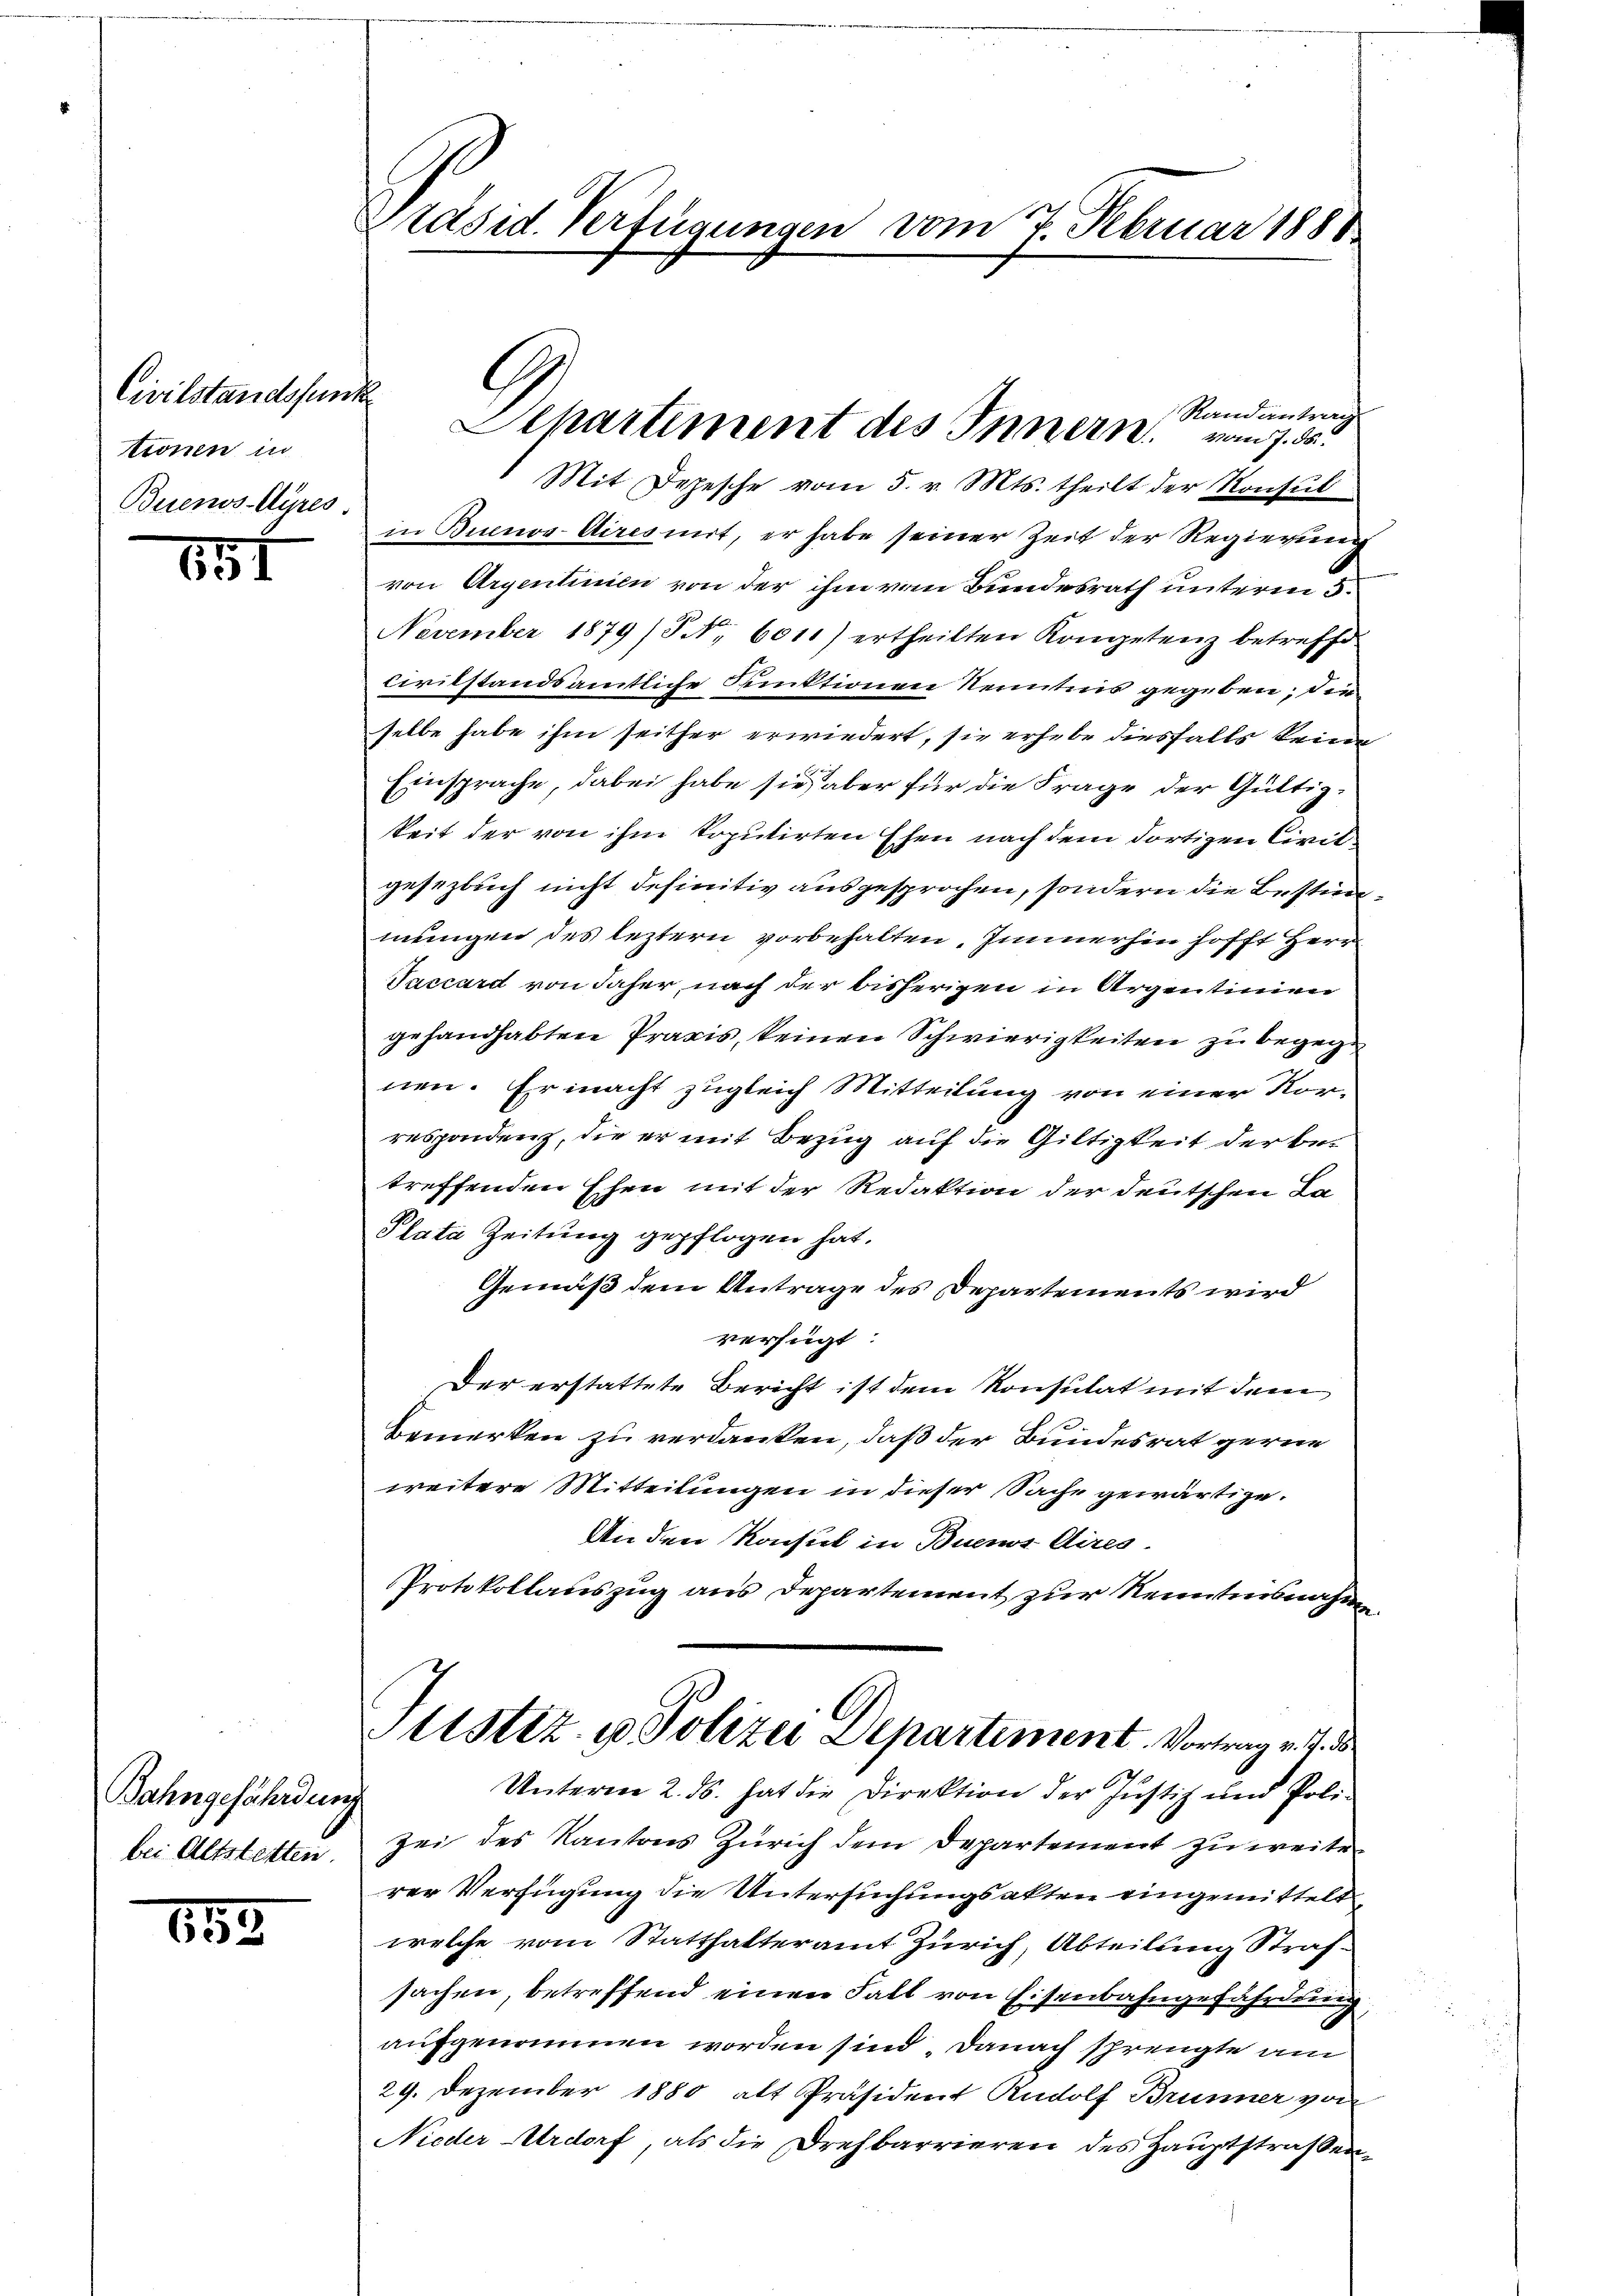
Civilstandsfunk
tionen in
Buenos-Ayres

657

Bahngefährdung
bei Altstetten.

119

Präsid. Verfügungen vom 7. Februar 1881

Mit Depesche vom 5. v. Mts. theilt der Konsul
in Buenos-Aires mit, er habe seiner Zeit der Regierung
von Argentinien von der ihm vom Bundesrath unterm 5.
November 1879 / NNo. 6011) ertheilten Kompetenz betreffe
civilstandsämtliche Punktionen Kenntnis gegeben, die
selbe habe ihm seither erwiedert, sie erhebe diesfalls keine
Einsprache, dabei habe sie aber für die Frage der Güttigkeit der von ihm koputirten Ehen nach dem dortigen Civilgesezlich nicht definitiv ausgesprochen, sondern die Bestimmungen des leztern vorbehalten. Immerhin hofft Herr
Vaccard von daher, nach der bisherigen in Argentinien
gehandhabten Praxis, keinen Schwierigkeiten zu begege
nen. Er macht zugleich Mitteilung von einer Kor-
respondenz, die er mit Bezug auf die Giltigkeit der betreffenden Ehen mit der Redaktion der deutschen La
Plata Zeitung gepflogen hat.
Gemäß dem Antrage des Departements wird
verfügt:
Der erstattete Bericht ist dem Konsulat mit dem
Bemerken zu verdanken, daß der Bundesrat gerne
weitere Mitteilungen in dieser Sache gewärtige.
An den Konsul in Buenos Aires
Protokollauszug aus Departement zur Kenntnisnahmen
stiz- u Polizei Departiment. Vortrag v. J. B.
Unterm 2. ds. hat die Direktion der Justiz und Poli¬
Zei des Kantons Zürich dem Departement zu weite
rer Verfügung die Untersuchungsakten eingemittelt.
welche vom Statthalteramt Zürich, Abteilung Strafsachen, betreffend einen Fall von Eisenbahngefährdung,
aufgenommen worden sind. Danach sprengte am
29. Dezember 1880 als Präsident Rudolf Brunner von
Nieder Ardorf, als die Drehbarrieren des Hauptstraßen¬

G
Randantrag
Separtiment des Innern vom 7. ds.